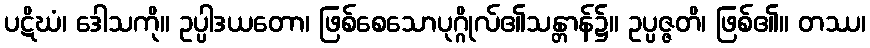
ပဋိဃံ၊ ဒေါသကို။ ဥပ္ပါဒယတော၊ ဖြစ်စေသောပုဂ္ဂိုလ်၏သန္တာန်၌။ ဥပ္ပဇ္ဇတိ၊ ဖြစ်၏။ တဿ၊